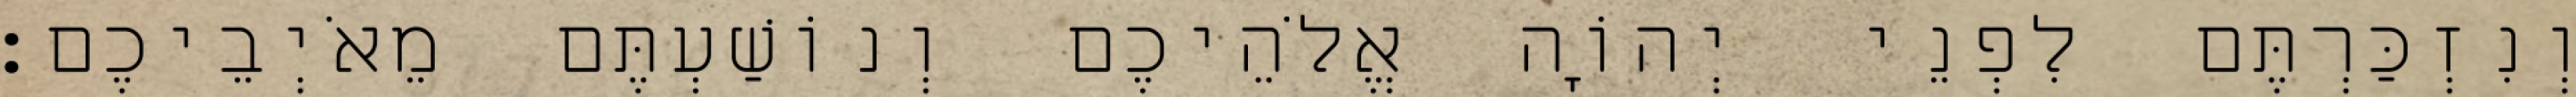
וְנִזְכַּרְתֶּם לִפְנֵי יְהוָֹה אֱלֹהֵיכֶם וְנוֹשַׁעְתֶּם מֵאֹיְבֵיכֶם׃